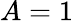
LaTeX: A=1